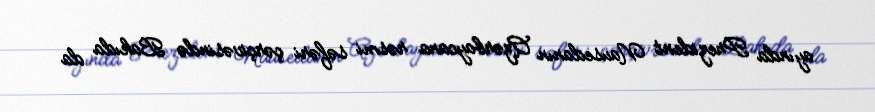
ayında Prezident Nausedanın Azərbaycana rəsmi səfəri çərçivəsində Bakıda da